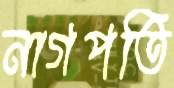
নাগপতি